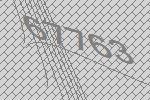
67763